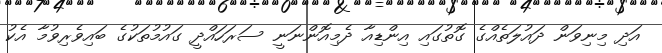
އަދި މިނިވަން ދައުލަތެއްގެ ގޮތުގައި އިންޑިއާ ދެމިއޮންނަނީ ސަރަހައްދީ ގައުމުތަކުގެ ބައިވެރިވުމާ އެކު